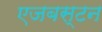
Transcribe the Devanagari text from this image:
एजबस्टन